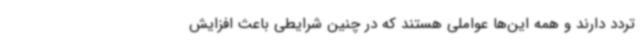
تردد دارند و همه این‌ها عواملی هستند که در چنین شرایطی باعث افزایش